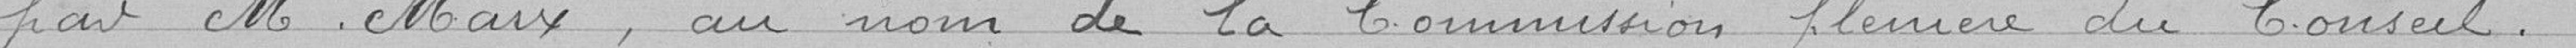
par Monsieur MARX, au nom de la Commission plénière du Conseil.